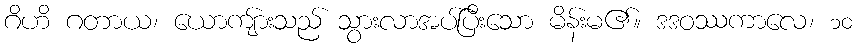
ဂိဟိ ဂတာယ၊ ယောကျ်ားသည် သွားလာအပ်ပြီးသော မိန်းမ၏။ ဒဒဝဿကာလေ၊ ၁၀